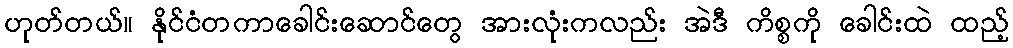
ဟုတ်တယ်။ နိုင်ငံတကာခေါင်းဆောင်တွေ အားလုံးကလည်း အဲဒီ ကိစ္စကို ခေါင်းထဲ ထည့်